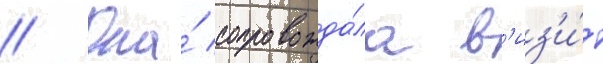
// Она́ сопровожда́ла в'из'и́т